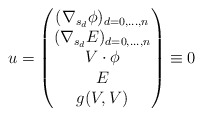
\begin{align*} u= \begin{pmatrix} (\nabla_{s_d} \phi)_{d=0,...,n} \\ (\nabla_{s_d}E)_{d=0,...,n} \\ V \cdot \phi \\ E \\ g(V,V) \end{pmatrix} \equiv 0\end{align*}